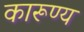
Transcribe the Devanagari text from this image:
कारूण्य